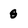
Character: 8